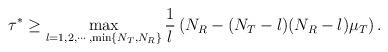
LaTeX: \begin{align*}\tau^*\ge \max\limits_{l=1,2,\cdots,\min\{N_T,N_R\}}\frac{1}{l}&\left(N_R-(N_T-l)(N_R-l)\mu_T\right).\end{align*}